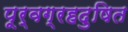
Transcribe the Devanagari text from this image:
पूर्वग्रहदुषित